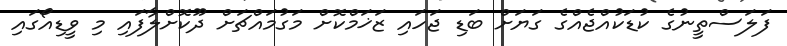
ފަލަސްތީނުގެ ކުޑަކުއްޖެއްގެ ގަޔަށް ބަޑި ޖަހައި ޒަޚަމްކޮށް މަގުމައްޗަށް ދޫކޮށްލާފައި މި ވީޑިއޯގައި